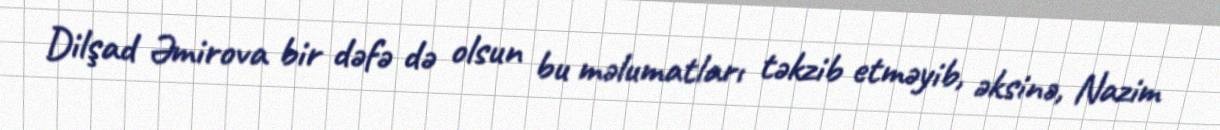
Dilşad Əmirova bir dəfə də olsun bu məlumatları təkzib etməyib, əksinə, Nazim